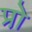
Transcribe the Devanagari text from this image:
प्रो़